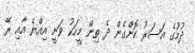
ދުމުގެ އަސަރު ކޮށްގެން ދެ ތިން މީހަކު ވަނީ އިއްޔެ އާއި ރޭ